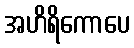
အဟိရိကောပေ